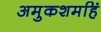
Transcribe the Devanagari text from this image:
अमुकशमहिं